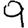
Digit: 9